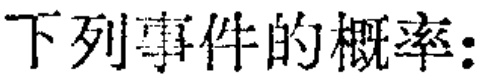
下列事件的概率: